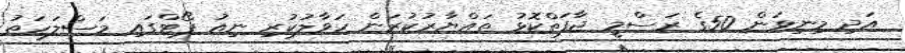
އަދި މިނިވަން 50ގެ ރަސްމީ ޖާފަތްކޮޅު ތައްޔާރުކުރަން ހަވާލުކުރި ނިއު ޕޯޓްގައި މަސްލަހަތު